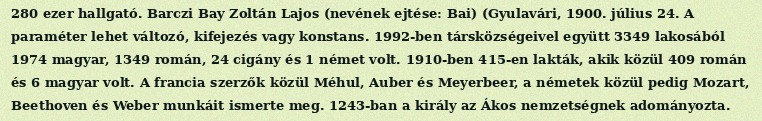
280 ezer hallgató. Barczi Bay Zoltán Lajos (nevének ejtése: Bai) (Gyulavári, 1900. július 24. A paraméter lehet változó, kifejezés vagy konstans. 1992-ben társközségeivel együtt 3349 lakosából 1974 magyar, 1349 román, 24 cigány és 1 német volt. 1910-ben 415-en lakták, akik közül 409 román és 6 magyar volt. A francia szerzők közül Méhul, Auber és Meyerbeer, a németek közül pedig Mozart, Beethoven és Weber munkáit ismerte meg. 1243-ban a király az Ákos nemzetségnek adományozta.